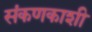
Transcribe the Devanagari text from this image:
संकणकाशी